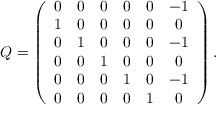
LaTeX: Q = \left( \begin{array} { c c c c c c c c r } { { 0 } } & { { 0 } } & { { 0 } } & { { 0 } } & { { 0 } } & { { - 1 } } \\ { { 1 } } & { { 0 } } & { { 0 } } & { { 0 } } & { { 0 } } & { { 0 } } \\ { { 0 } } & { { 1 } } & { { 0 } } & { { 0 } } & { { 0 } } & { { - 1 } } \\ { { 0 } } & { { 0 } } & { { 1 } } & { { 0 } } & { { 0 } } & { { 0 } } \\ { { 0 } } & { { 0 } } & { { 0 } } & { { 1 } } & { { 0 } } & { { - 1 } } \\ { { 0 } } & { { 0 } } & { { 0 } } & { { 0 } } & { { 1 } } & { { 0 } } \end{array} \right) .